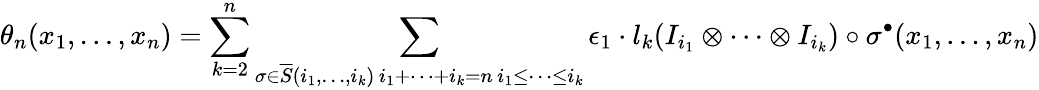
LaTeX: \theta_{n}(x_{1},\ldots,x_{n})=\sum_{k=2}^{n}\sum_{\substack{\sigma\in\overline{{S}}(i_{1},\ldots,i_{k})\, i_{1}+\cdots+i_{k}=n\, i_{1}\leq\cdots\leq i_{k}}}\epsilon_{1}\cdot l_{k}(I_{i_{1}}\otimes\cdots\otimes I_{i_{k}})\circ\sigma^{\bullet}(x_{1},\ldots,x_{n})